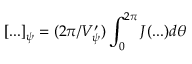
[ . . . ] _ { \psi } = ( 2 \pi / V _ { \psi } ^ { \prime } ) \int _ { 0 } ^ { 2 \pi } { \cal J } ( . . . ) d \theta